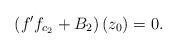
LaTeX: \begin{align*}\left( f^{\prime }f_{c_{2}}+B_{2}\right) \left( z_{0}\right) =0. \end{align*}